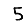
Digit: 5